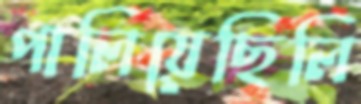
পালিয়েছিলি